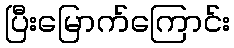
ပြီးမြောက်ကြောင်း